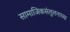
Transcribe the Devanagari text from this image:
सामाजिकसंतुलनाच्या